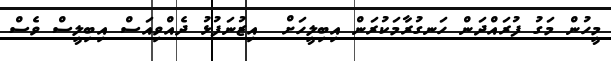
މީހުން މަގު ފުރައްދަން ހަނގުރާމަކުރަން އިބިލީހަށް  އިޒުނަފުޅު ދެއްވިއަސް އިބިލީސް ވެސް